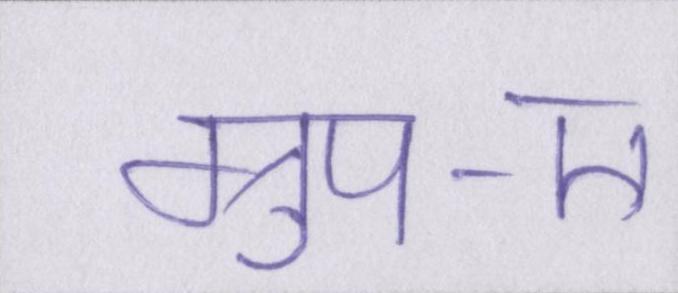
ग्रुप-ए